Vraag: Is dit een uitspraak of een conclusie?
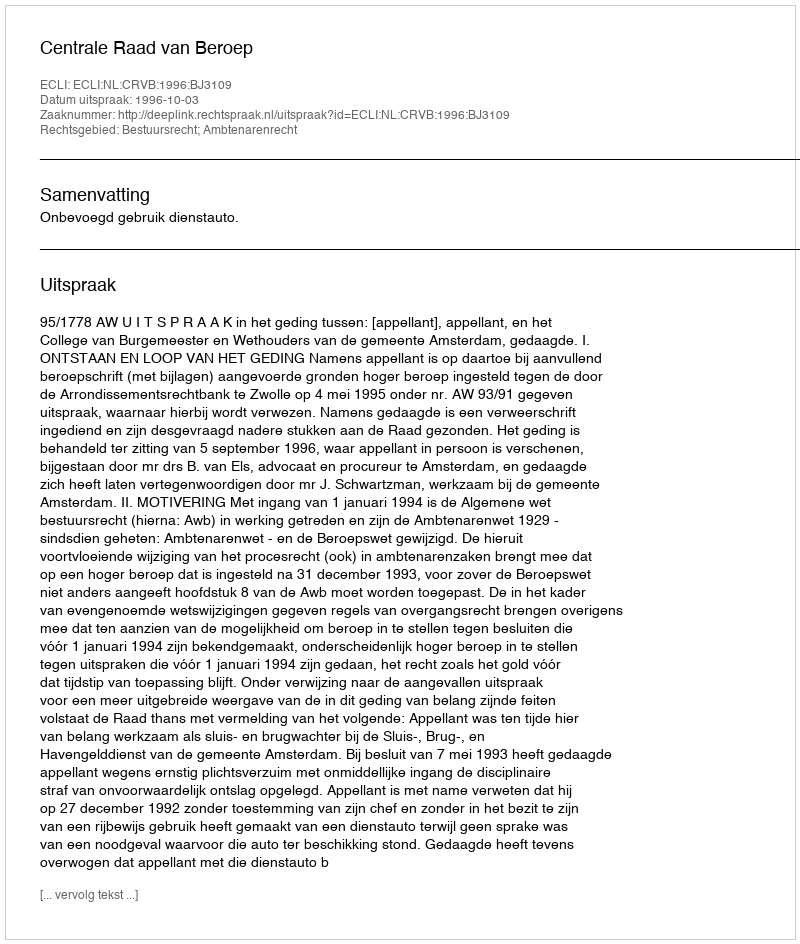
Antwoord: Uitspraak